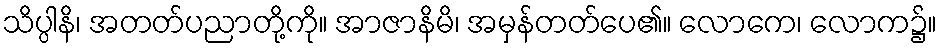
သိပ္ပါနိ၊ အတတ်ပညာတို့ကို။ အာဇာနိမိ၊ အမှန်တတ်ပေ၏။ လောကေ၊ လောက၌။